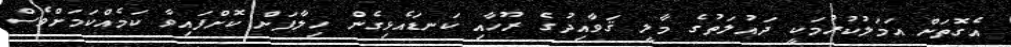
އެގޮތަށް އަމަލުކުރުމަކީ ދައުލަތުގެ މާލީ ޤަވާއިދުގެ ރޫހާއި ކަނޑައެޅިގެން ހިލާފަށް ކޮށްފައިވާ ކަމެއްކަމަށްވެސް